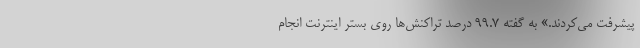
پیشرفت می‌کردند.» به گفته 99.7 درصد تراکنش‌ها روی بستر اینترنت انجام